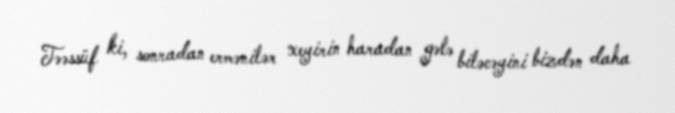
Təəssüf ki, sonradan ermənilər xeyirin haradan gələ biləcəyini bizdən daha